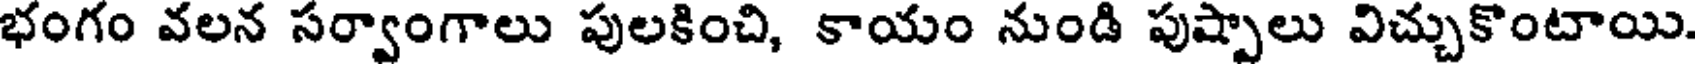
భంగం వలన సర్వాంగాలు పులకించి, కాయం నుండి పుష్పాలు విచ్చుకొంటాయి.